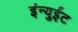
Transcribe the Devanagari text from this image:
इंन्युईट